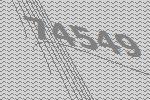
74549